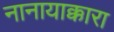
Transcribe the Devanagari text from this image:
नानायाक्कारा